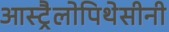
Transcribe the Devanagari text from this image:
आस्ट्रैलोपिथेसीनी